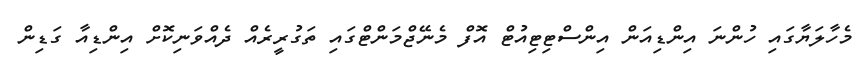
މެހާލަޔާގައި ހުންނަ އިންޑިއަން އިންސްޓިޓިއުޓް އޮފް މެނޭޖްމަންޓްގައި ތަގުރީރެއް ދެއްވަނިކޮށް އިންޑިއާ ގަޑިން